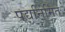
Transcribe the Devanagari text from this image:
पद्यनिर्मित